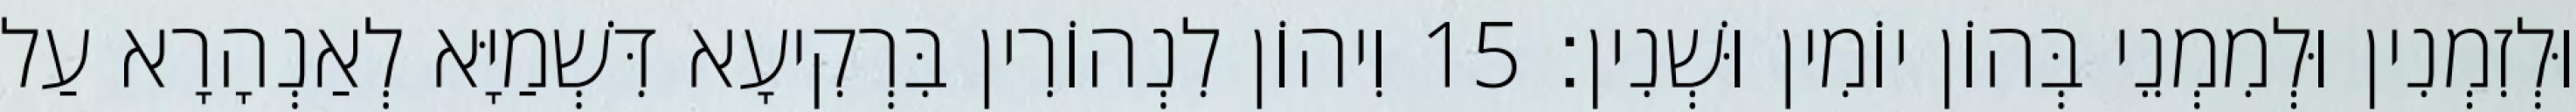
וּלְזִמְנִין וּלְמִמְנֵי בְּהוֹן יוֹמִין וּשְׁנִין׃ 15 וִיהוֹן לִנְהוֹרִין בִּרְקִיעָא דִּשְׁמַיָּא לְאַנְהָרָא עַל